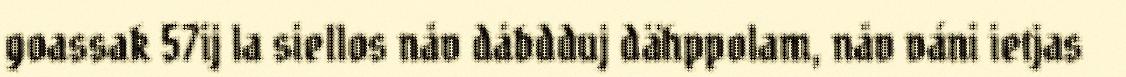
goassak 57ij la siellos nåv dåbdduj dähppolam, nåv váni ietjas